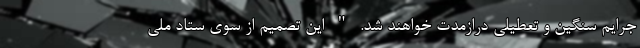
جرایم سنگین و تعطیلی درازمدت خواهند شد. " این تصمیم از سوی ستاد ملی